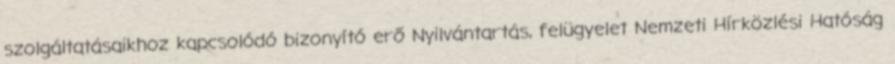
szolgáltatásaikhoz kapcsolódó bizonyító erő Nyilvántartás, felügyelet Nemzeti Hírközlési Hatóság